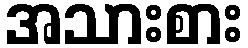
အသားစား